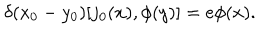
LaTeX: \delta ( x _ { 0 } - y _ { 0 } ) [ j _ { 0 } ( x ) , \phi ( y ) ] = e \phi ( x ) .